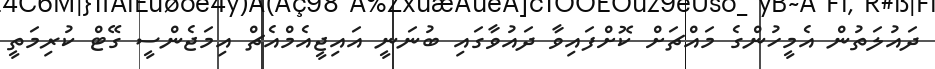
ދައުލަތުން އެމީހުންގެ މައްޗަށް ކޮށްފައިވާ ދައުވާގައި ބުނަނީ އައިޖީއެމްއެޗް އިމަޖެންސީ ގޭޓް ކުރިމަތީ